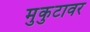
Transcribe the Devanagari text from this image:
मुकुटावर